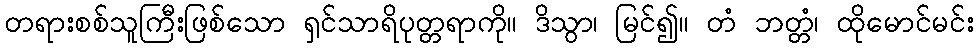
တရားစစ်သူကြီးဖြစ်သော ရှင်သာရိပုတ္တရာကို။ ဒိသွာ၊ မြင်၍။ တံ ဘတ္တံ၊ ထိုမောင်မင်း